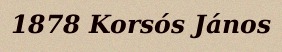
1878 Korsós János